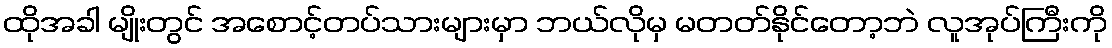
ထိုအခါ မျိုးတွင် အစောင့်တပ်သားများမှာ ဘယ်လိုမှ မတတ်နိုင်တော့ဘဲ လူအုပ်ကြီးကို